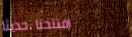
افتتحنا حديثاً